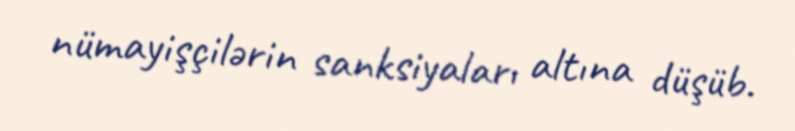
nümayişçilərin sanksiyaları altına düşüb.